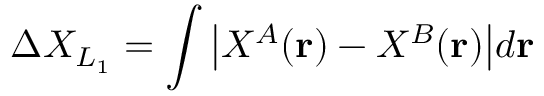
\Delta X _ { L _ { 1 } } = \int \big | X ^ { A } ( \mathbf { r } ) - X ^ { B } ( \mathbf { r } ) \big | d \mathbf { r }